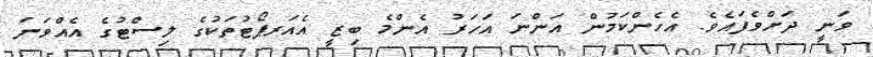
ވަނީ ދަށްވެފައެވެ. އެހެންކަމުން އަންނަ އަހަރު އެންމެ ބިޒީ އެއަރޕޯޓުތަކުގެ ލިސްޓުގެ އެއްވަނަ